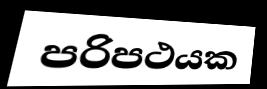
පරිපථයක